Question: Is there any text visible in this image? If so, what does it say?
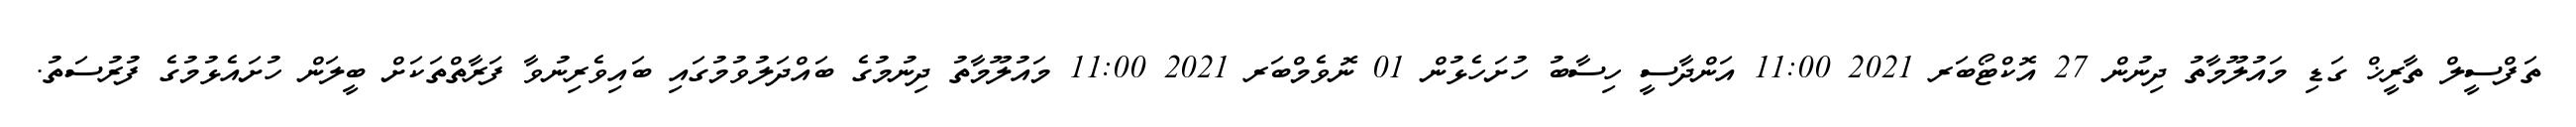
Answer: ތަފްސީލް ތާރީޚް ގަޑި މައުލޫމާތު ދިނުން 27 އޮކްޓޯބަރ 2021 11:00 އަންދާސީ ހިސާބު ހުށަހެޅުން 01 ނޮވެމްބަރ 2021 11:00 މައުލޫމާތު ދިނުމުގެ ބައްދަލުވުމުގައި ބައިވެރިނުވާ ފަރާތްތަކަށް ބީލަން ހުށައެޅުމުގެ ފުރުސަތު.